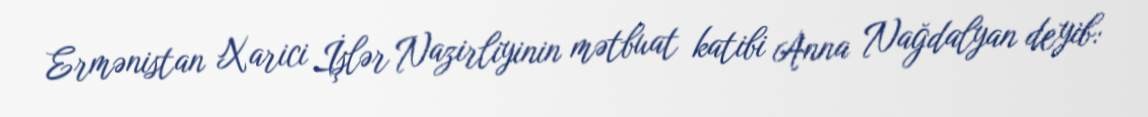
Ermənistan Xarici İşlər Nazirliyinin mətbuat katibi Anna Nağdalyan deyib: